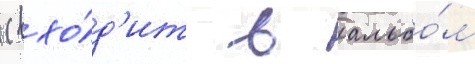
 (вхо́д'ит в альбо́м